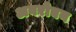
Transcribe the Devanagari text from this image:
अवरोघन